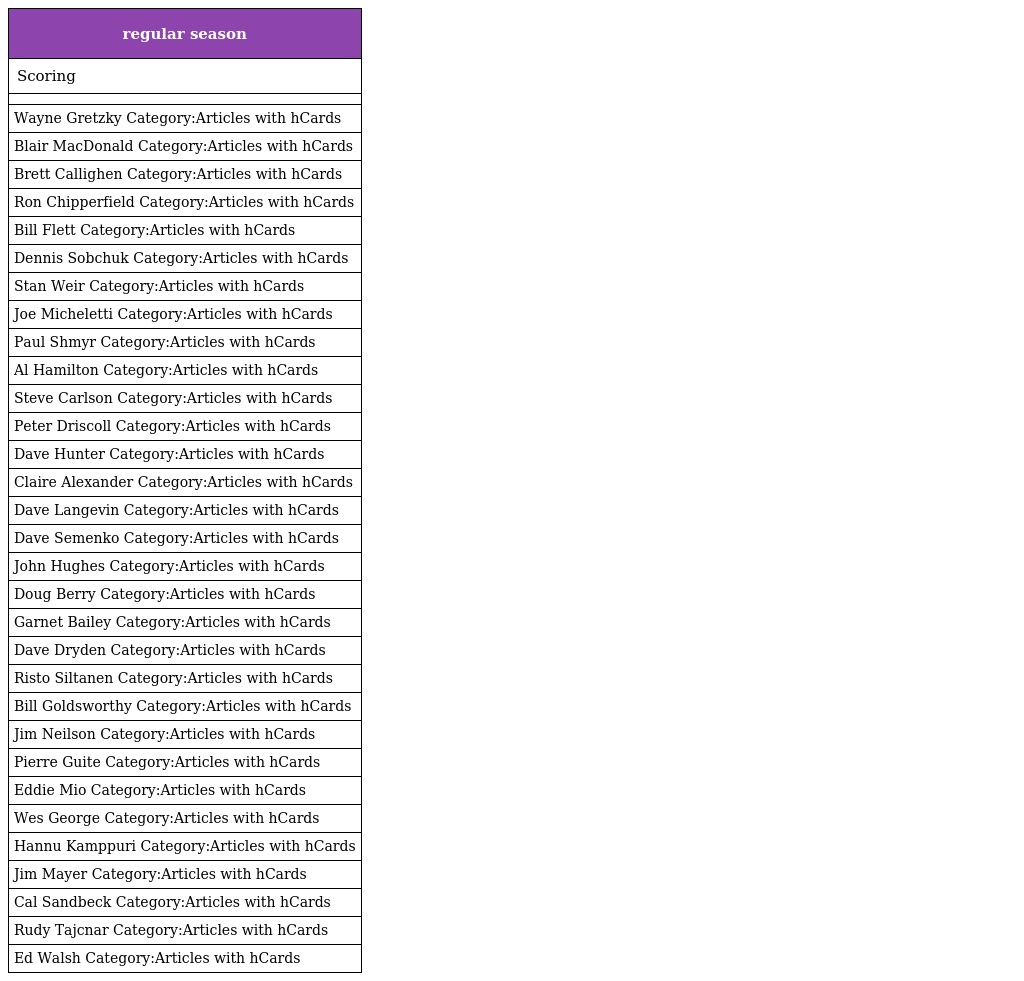
| regular season |
 | --- |
 | Scoring |
 |  |
 | Wayne Gretzky Category:Articles with hCards |
 | Blair MacDonald Category:Articles with hCards |
 | Brett Callighen Category:Articles with hCards |
 | Ron Chipperfield Category:Articles with hCards |
 | Bill Flett Category:Articles with hCards |
 | Dennis Sobchuk Category:Articles with hCards |
 | Stan Weir Category:Articles with hCards |
 | Joe Micheletti Category:Articles with hCards |
 | Paul Shmyr Category:Articles with hCards |
 | Al Hamilton Category:Articles with hCards |
 | Steve Carlson Category:Articles with hCards |
 | Peter Driscoll Category:Articles with hCards |
 | Dave Hunter Category:Articles with hCards |
 | Claire Alexander Category:Articles with hCards |
 | Dave Langevin Category:Articles with hCards |
 | Dave Semenko Category:Articles with hCards |
 | John Hughes Category:Articles with hCards |
 | Doug Berry Category:Articles with hCards |
 | Garnet Bailey Category:Articles with hCards |
 | Dave Dryden Category:Articles with hCards |
 | Risto Siltanen Category:Articles with hCards |
 | Bill Goldsworthy Category:Articles with hCards |
 | Jim Neilson Category:Articles with hCards |
 | Pierre Guite Category:Articles with hCards |
 | Eddie Mio Category:Articles with hCards |
 | Wes George Category:Articles with hCards |
 | Hannu Kamppuri Category:Articles with hCards |
 | Jim Mayer Category:Articles with hCards |
 | Cal Sandbeck Category:Articles with hCards |
 | Rudy Tajcnar Category:Articles with hCards |
 | Ed Walsh Category:Articles with hCards |